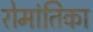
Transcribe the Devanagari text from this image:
रोमांतिका